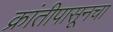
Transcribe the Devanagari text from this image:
क्रांतीपासूनचा